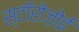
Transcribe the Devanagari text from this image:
स्टॉरोज़ोई